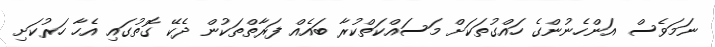
ނަމަވެސް އަންހެނުންގެ ހައްގުތަކަށް މަސައްކަތްކުރާ ބައެއް ފަރާތްތަކުން ދެކޭ ގޮތުގައި އެހާ ހަރުކަށި